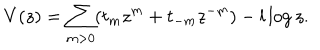
LaTeX: V ( z ) = \sum _ { m > 0 } ( t _ { m } z ^ { m } + t _ { - m } z ^ { - m } ) - l \log z .